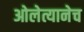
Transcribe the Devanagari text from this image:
ओलेत्यानेच